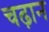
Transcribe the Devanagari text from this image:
चढ़ान